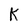
Character: K